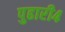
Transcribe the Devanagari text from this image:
पुढारी४